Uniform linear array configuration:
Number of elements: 12
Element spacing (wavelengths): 0.75
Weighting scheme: uniform
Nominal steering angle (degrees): -45
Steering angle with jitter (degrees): -44.689
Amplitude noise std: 0.05
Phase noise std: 0.05

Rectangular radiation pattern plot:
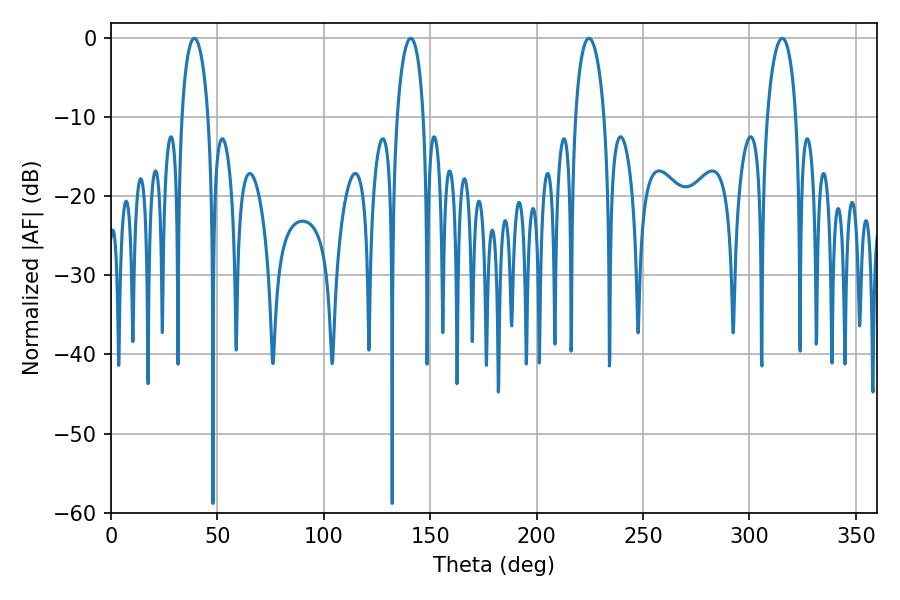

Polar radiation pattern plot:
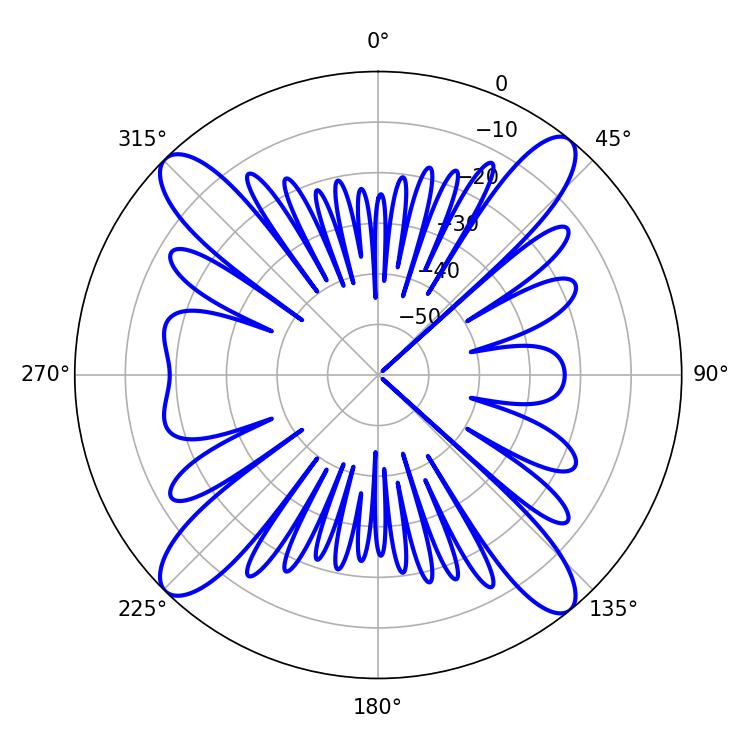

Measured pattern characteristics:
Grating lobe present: TRUE
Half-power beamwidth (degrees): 7.74
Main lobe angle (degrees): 315.36